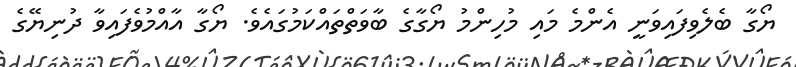
ޔޯގާ ބެލެވިފައިވަނީ އެންމެ މައި މުހިންމު ޔޯގާގެ ބާވަތްތައްކަމުގައެވެ. ޔޯގާ އާއްމުވެފައިވާ ދުނިޔޭގެ